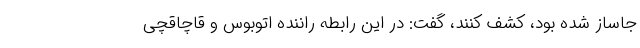
جاساز شده بود، کشف کنند، گفت: در این رابطه راننده اتوبوس و قاچاقچی